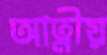
আত্নীয়